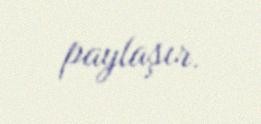
paylaşır.